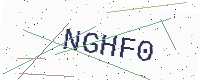
Text: NGHF0